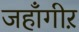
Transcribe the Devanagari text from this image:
जहाँगीऱ